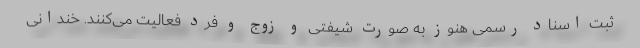
ثبت اسناد رسمی هنوز به صورت شیفتی و زوج و فرد فعالیت می‌کنند. خندانی